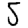
Digit: 5